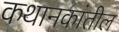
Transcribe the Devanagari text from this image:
कथानकांतील